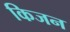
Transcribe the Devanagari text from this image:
किजन